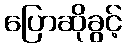
ပြောဆိုခွင့်